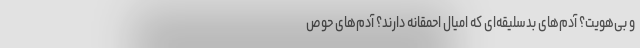
و بی‌هویت؟ آدم‌های بدسلیقه‌ای که امیال احمقانه دارند؟ آدم‌های حوص